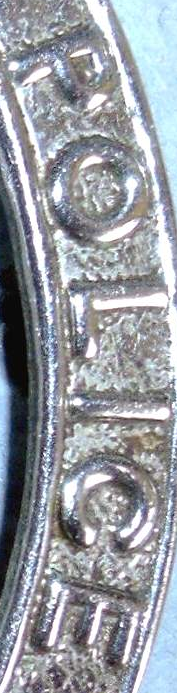
POLICE